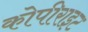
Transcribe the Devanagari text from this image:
कोपीराइट